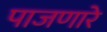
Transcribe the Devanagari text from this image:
पाजणारे